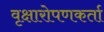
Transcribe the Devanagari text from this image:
वृक्षारोपणकर्ता